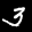
Label: 3